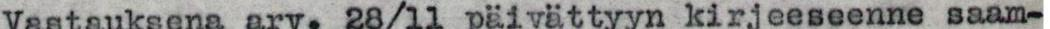
Vastauksena arv. 28/ll päivättyyn kirjeeseenne saam-